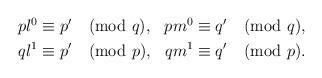
LaTeX: \begin{align*}\begin{aligned}pl^0 & \equiv p' \pmod{q}, & pm^0 & \equiv q' \pmod{q}, \\ql^1 & \equiv p' \pmod{p}, & qm^1 & \equiv q' \pmod{p}. \end{aligned}\end{align*}